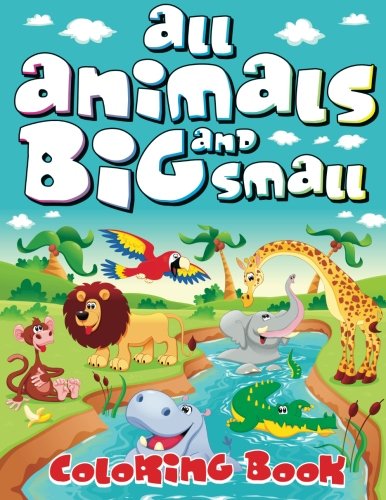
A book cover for All Animals Big and Small Coloring Book (Super Fun Coloring Books For Kids) (Volume 34); Lilt Kids Coloring Books; Children's Books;